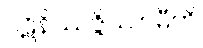
ပဋိနိဿဇ္ဇိဿာမီတိ